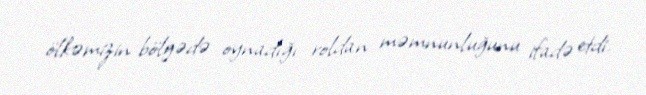
ölkəmizin bölgədə oynadığı roldan məmnunluğunu ifadə etdi.